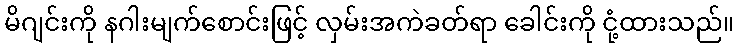
မိဂျင်းကို နဂါးမျက်စောင်းဖြင့် လှမ်းအကဲခတ်ရာ ခေါင်းကို ငုံ့ထားသည်။